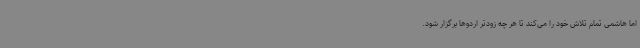
اما هاشمی تمام تلاش خود را می‌کند تا هر چه زودتر اردوها برگزار شود.